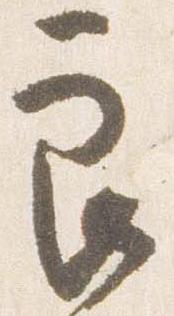
良